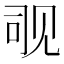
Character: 𬢊